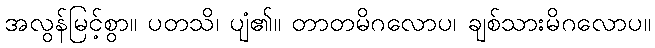
အလွန်မြင့်စွာ။ ပတသိ၊ ပျံ၏။ တာတမိဂလောပ၊ ချစ်သားမိဂလောပ။